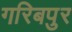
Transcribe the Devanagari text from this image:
गरिबपुर